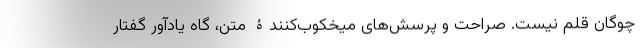
چوگان قلم نیست. صراحت و پرسش‌های میخکوب‌کنندۀ متن، گاه یادآور گفتار